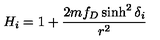
H _ { i } = 1 + { \frac { 2 m f _ { D } \sinh ^ { 2 } \delta _ { i } } { r ^ { 2 } } }